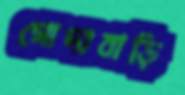
গোদাবাড়ি